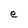
Character: F